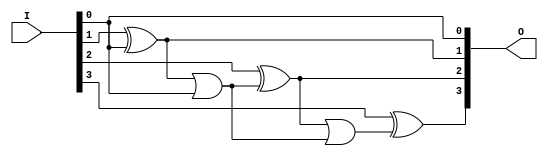
module comp2_4bit(input [3:0] I, output [3:0] O);
    assign O[0] = I[0] ^ 0;
    assign O[1] = I[1] ^ O[0];
    assign O[2] = I[2] ^ (O[1] | O[0]);
    assign O[3] = I[3] ^ (O[2] | (O[1] | O[0]));
endmodule